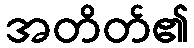
အတိတ်၏